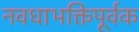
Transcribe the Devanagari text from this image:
नवधाभक्तिपूर्वक